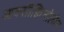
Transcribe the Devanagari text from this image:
आक्सीक्विनोलीन